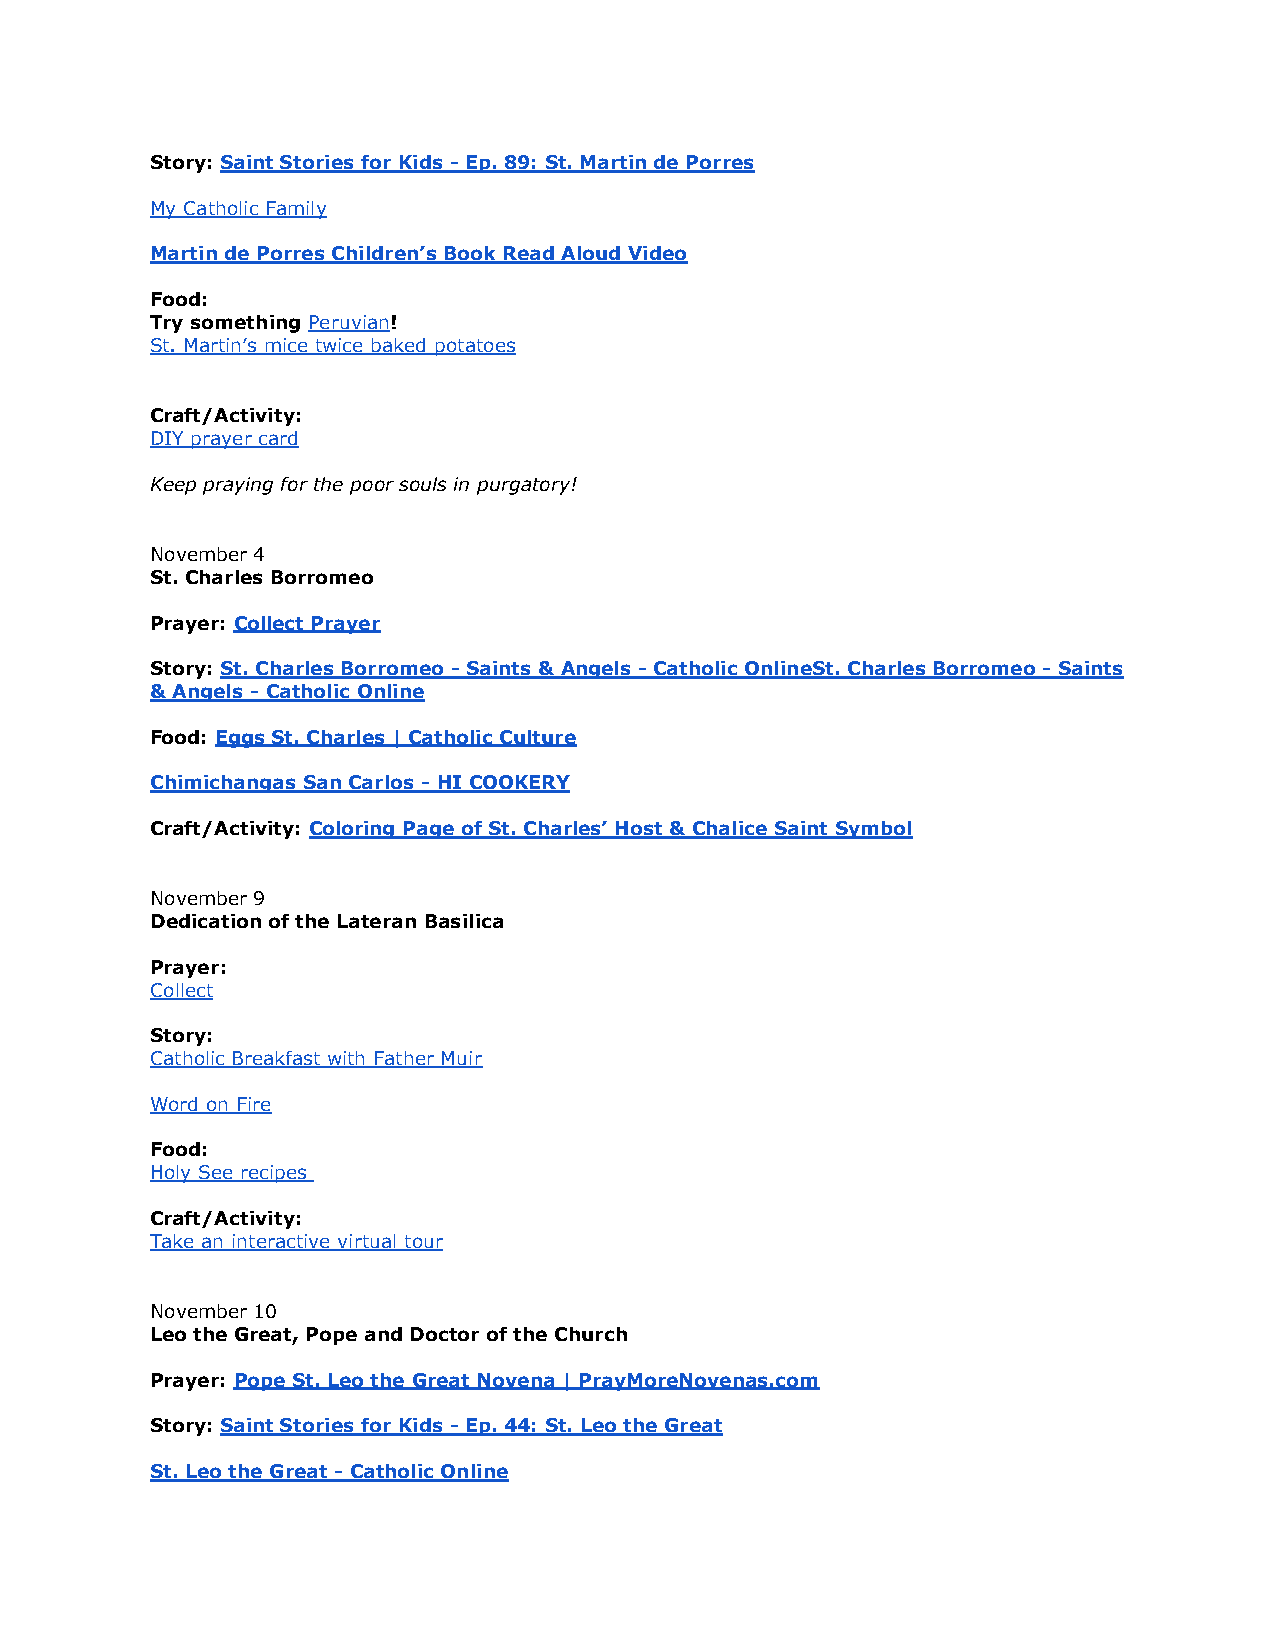
Story: Saint Stories for Kids - Ep. 89: St. Martin de Porres
 My Catholic Family
 Martin de Porres Children’s Book Read Aloud Video
 Food:
 Try something Peruvian!
 St. Martin’s mice twice baked potatoes
 Craft/Activity:
 DIY prayer card
 Keep praying for the poor souls in purgatory!
 November 4
 St. Charles Borromeo
 Prayer: Collect Prayer
 Story: St. Charles Borromeo - Saints & Angels - Catholic OnlineSt. Charles Borromeo - Saints
 & Angels - Catholic Online
 Food: Eggs St. Charles | Catholic Culture
 Chimichangas San Carlos - HI COOKERY
 Craft/Activity: Coloring Page of St. Charles’ Host & Chalice Saint Symbol
 November 9
 Dedication of the Lateran Basilica
 Prayer:
 Collect
 Story:
 Catholic Breakfast with Father Muir
 Word on Fire
 Food:
 Holy See recipes
 Craft/Activity:
 Take an interactive virtual tour
 November 10
 Leo the Great, Pope and Doctor of the Church
 Prayer: Pope St. Leo the Great Novena | PrayMoreNovenas.com
 Story: Saint Stories for Kids - Ep. 44: St. Leo the Great
 St. Leo the Great - Catholic Online